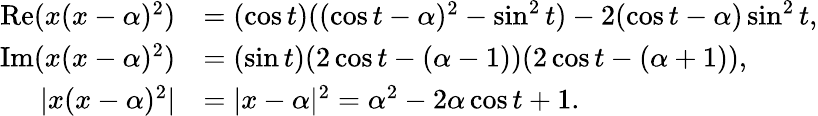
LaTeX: \begin{array}{rl}{\mathop{\mathrm{Re}}(x(x-\alpha)^{2})}&{=(\cos t)((\cos t-\alpha)^{2}-\sin^{2}t)-2(\cos t-\alpha)\sin^{2}t,}\\ {\mathop{\mathrm{Im}}(x(x-\alpha)^{2})}&{=(\sin t)(2\cos t-(\alpha-1))(2\cos t-(\alpha+1)),}\\ {|x(x-\alpha)^{2}|}&{=|x-\alpha|^{2}=\alpha^{2}-2\alpha\cos t+1.}\end{array}